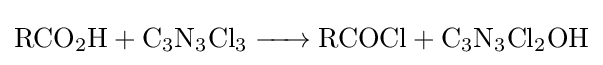
{\ce {RCO2H + C3N3Cl3 -> RCOCl + C3N3Cl2OH}}